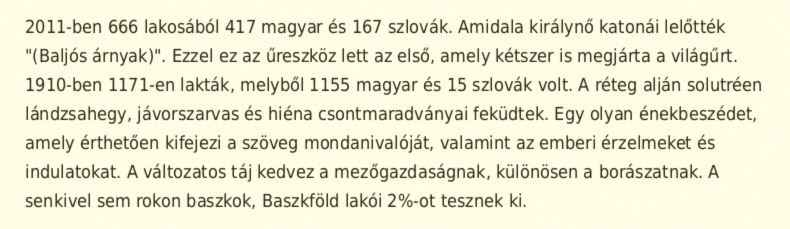
2011-ben 666 lakosából 417 magyar és 167 szlovák. Amidala királynő katonái lelőtték "(Baljós árnyak)". Ezzel ez az űreszköz lett az első, amely kétszer is megjárta a világűrt. 1910-ben 1171-en lakták, melyből 1155 magyar és 15 szlovák volt. A réteg alján solutréen lándzsahegy, jávorszarvas és hiéna csontmaradványai feküdtek. Egy olyan énekbeszédet, amely érthetően kifejezi a szöveg mondanivalóját, valamint az emberi érzelmeket és indulatokat. A változatos táj kedvez a mezőgazdaságnak, különösen a borászatnak. A senkivel sem rokon baszkok, Baszkföld lakói 2%-ot tesznek ki.